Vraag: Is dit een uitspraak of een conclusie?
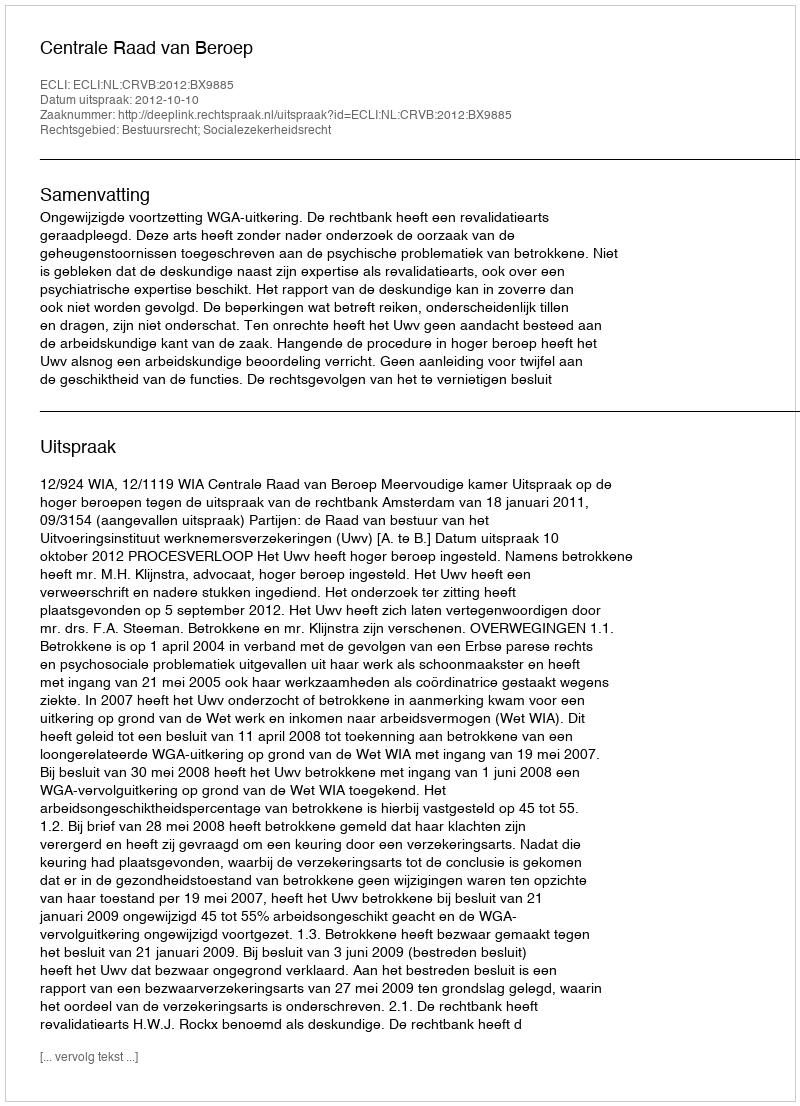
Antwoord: Uitspraak